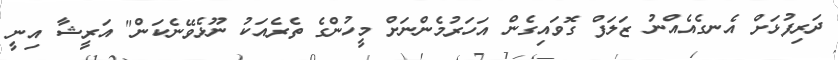
ދަރިފުޅަށް އެނގެއެއްނު ޒަލަފް ގޮވައިގެން އަހަރުމެންނަށް މީހުންގެ ތެރެއަކު ނޫޅެވޭނެކަން" އަރީޝާ އިނީ